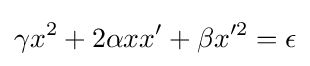
\gamma x^{2}+2\alpha xx'+\beta x'^{2}=\epsilon